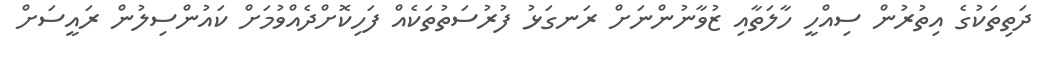
ދަތިތަކުގެ އިތުރުން ސިއްހީ ހާލަތާއި ޒުވާނުންނަށް ރަނގަޅު ފުރުސަތުތަކެއް ފަހިކޮށްދެއްވުމަށް ކައުންސިލުން ރައީސަށް